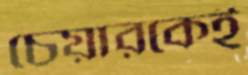
চেয়ারকেই